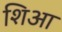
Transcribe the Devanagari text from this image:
शिआ